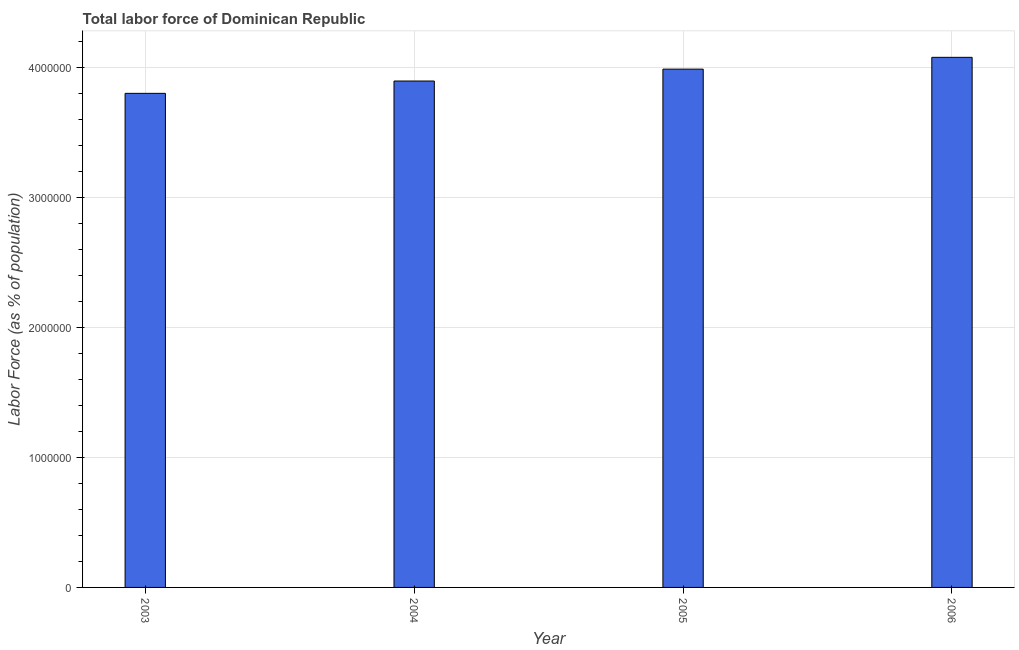
| Year | Labor force |
 | --- | --- |
 | 2003 | 3.8e+06 |
 | 2004 | 3.9e+06 |
 | 2005 | 3.99e+06 |
 | 2006 | 4.08e+06 |